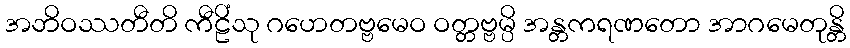
အဘိဝဿတီတိ ကီဠိံသု ဂဟေတဗ္ဗမေဝ ဝတ္တဗ္ဗမ္ပိ အန္တကရဏတော အာဂမေတုန္တိ